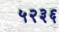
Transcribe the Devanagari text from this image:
५२३६